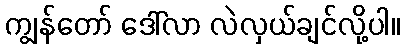
ကျွန်တော် ဒေါ်လာ လဲလှယ်ချင်လို့ပါ။